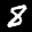
Label: 8